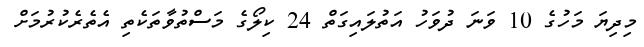
މިދިޔަ މަހުގެ 10 ވަނަ ދުވަހު އަތުލައިގަތް 24 ކިލޯގެ މަސްތުވާތަކެތި އެތެރެކުރުމަށް